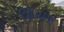
કિયાસ